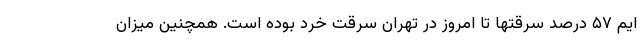
ایم ۵۷ درصد سرقتها تا امروز در تهران سرقت خرد بوده است. همچنین میزان